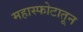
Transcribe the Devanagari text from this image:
महास्फोटातून